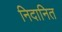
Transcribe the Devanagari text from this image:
निदानित